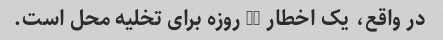
در واقع، یک اخطار 30 روزه برای تخلیه محل است.